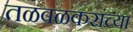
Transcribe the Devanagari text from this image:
तळवळकरांच्या